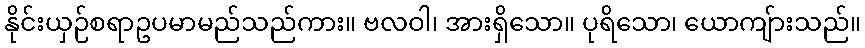
နိုင်းယှဉ်စရာဥပမာမည်သည်ကား။ ဗလဝါ၊ အားရှိသော။ ပုရိသော၊ ယောကျ်ားသည်။